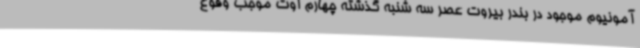
آمونیوم موجود در بندر بیروت عصر سه شنبه گذشته چهارم اوت موجب وقوع